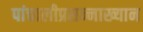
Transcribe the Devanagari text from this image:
पांचालीप्रसन्नाख्यान